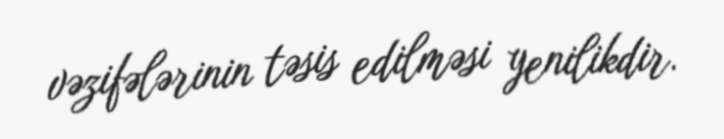
vəzifələrinin təsis edilməsi yenilikdir.